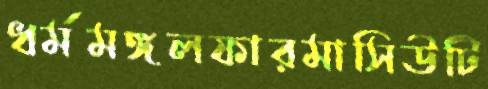
ধর্মমঙ্গলফারমাসিউটি